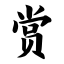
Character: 赏